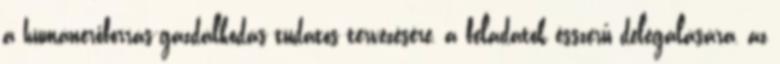
a humánerőforrás-gazdálkodás tudatos tervezésére, a feladatok ésszerű delegálására, az